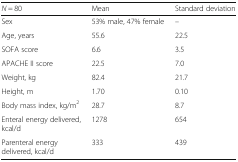
<table><thead><tr><td><b><i>N</i> = 80</b></td><td><b>Mean</b></td><td><b>Standard deviation</b></td></tr></thead><tbody><tr><td>Sex</td><td>53% male, 47% female</td><td>–</td></tr><tr><td>Age, years</td><td>55.6</td><td>22.5</td></tr><tr><td>SOFA score</td><td>6.6</td><td>3.5</td></tr><tr><td>APACHE II score</td><td>22.5</td><td>7.0</td></tr><tr><td>Weight, kg</td><td>82.4</td><td>21.7</td></tr><tr><td>Height, m</td><td>1.70</td><td>0.10</td></tr><tr><td>Body mass index, kg/m<sup>2</sup></td><td>28.7</td><td>8.7</td></tr><tr><td>Enteral energy delivered, kcal/d</td><td>1278</td><td>654</td></tr><tr><td>Parenteral energy delivered, kcal/d</td><td>333</td><td>439</td></tr></tbody></table>